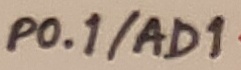
Text: P0.1/AD1